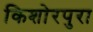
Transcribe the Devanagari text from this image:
किशोरपुरा